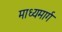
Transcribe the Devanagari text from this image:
माध्यमार्ग